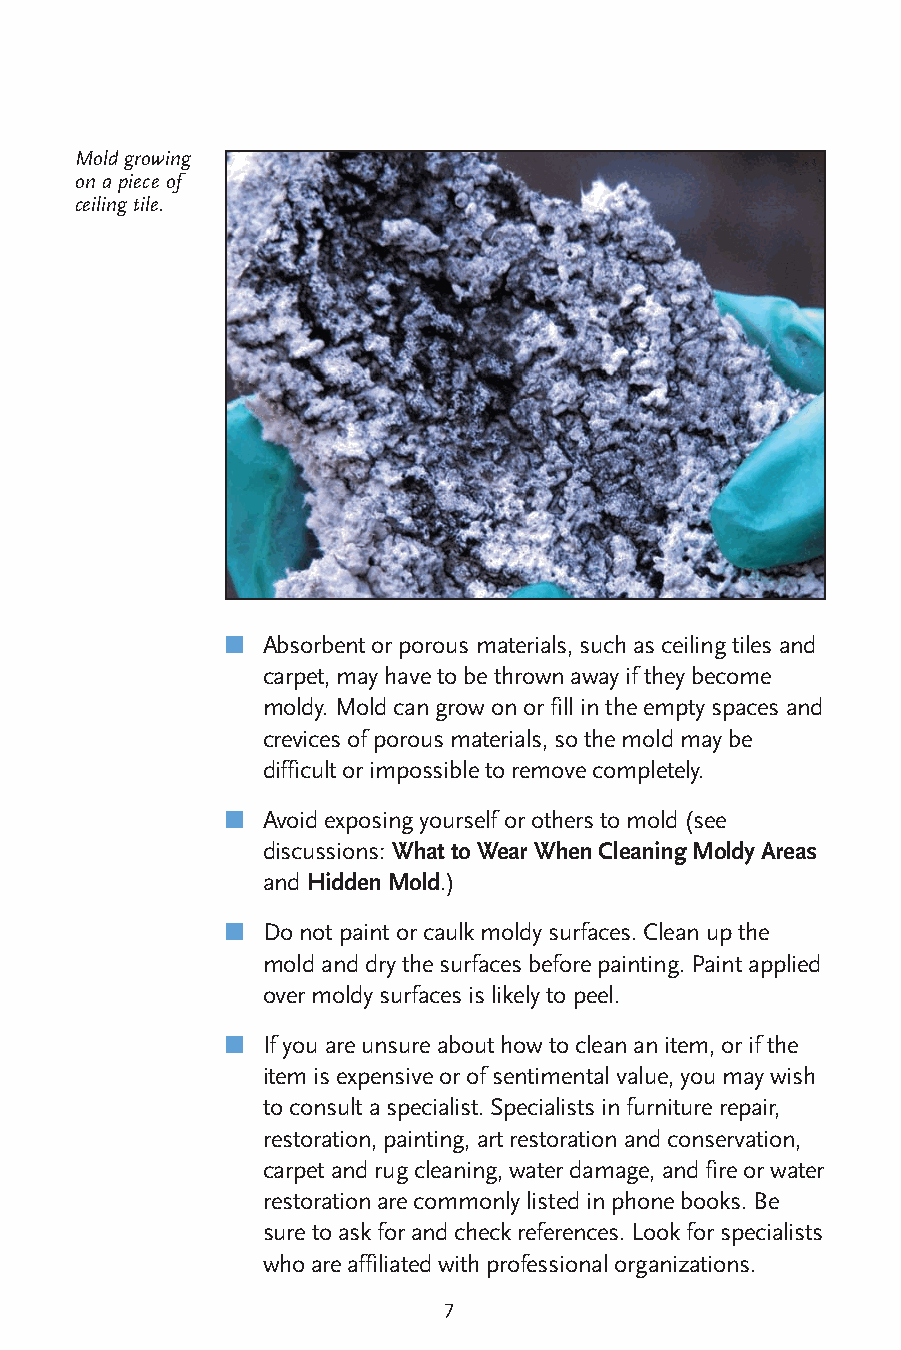
Mold growing
 on a piece of
 ceiling tile.
 ■
 Absorbent or porous materials, such as ceiling tiles and
 carpet, may have to be thrown away if they become
 moldy. Mold can grow on or fill in the empty spaces and
 crevices of porous materials, so the mold may be
 difficult or impossible to remove completely.
 ■
 Avoid exposing yourself or others to mold (see
 discussions: What to Wear When Cleaning Moldy Areas
 and Hidden Mold.)
 ■
 Do not paint or caulk moldy surfaces. Clean up the
 mold and dry the surfaces before painting. Paint applied
 over moldy surfaces is likely to peel.
 ■
 If you are unsure about how to clean an item, or if the
 item is expensive or of sentimental value, you may wish
 to consult a specialist. Specialists in furniture repair,
 restoration, painting, art restoration and conservation,
 carpet and rug cleaning, water damage, and fire or water
 restoration are commonly listed in phone books. Be
 sure to ask for and check references. Look for specialists
 who are affiliated with professional organizations.
 7